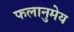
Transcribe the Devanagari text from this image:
फलानुमेय